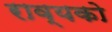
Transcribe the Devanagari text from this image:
राव्यको